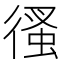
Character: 𢔳